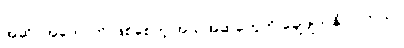
အဆိပ်အတောက် ဖြစ်စေတဲ့ အယူအဆတွေကို ချေဖျက်နိုင်ပါတယ်။